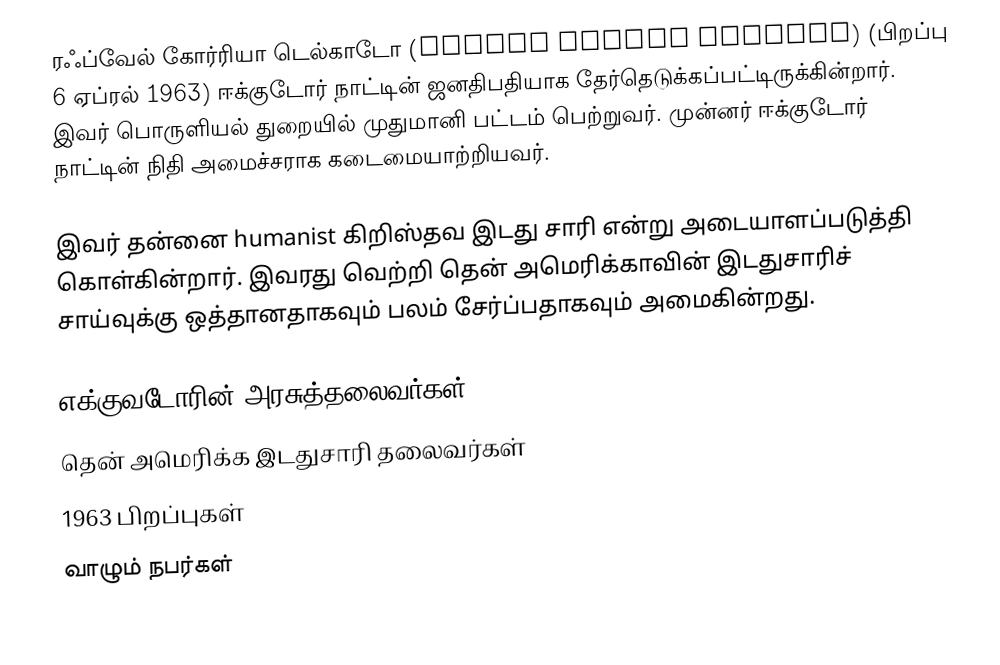
ரஃப்வேல் கோர்ரியா டெல்காடோ (Rafael Correa Delgado) (பிறப்பு 6 ஏப்ரல் 1963) ஈக்குடோர் நாட்டின் ஜனதிபதியாக தேர்தெடுக்கப்பட்டிருக்கின்றார். இவர் பொருளியல் துறையில் முதுமானி பட்டம் பெற்றுவர். முன்னர் ஈக்குடோர் நாட்டின் நிதி அமைச்சராக கடைமையாற்றியவர்.

இவர் தன்னை humanist கிறிஸ்தவ இடது சாரி என்று அடையாளப்படுத்தி கொள்கின்றார். இவரது வெற்றி தென் அமெரிக்காவின் இடதுசாரிச் சாய்வுக்கு ஒத்தானதாகவும் பலம் சேர்ப்பதாகவும் அமைகின்றது.

எக்குவடோரின் அரசுத்தலைவர்கள்
தென் அமெரிக்க இடதுசாரி தலைவர்கள்
1963 பிறப்புகள்
வாழும் நபர்கள்